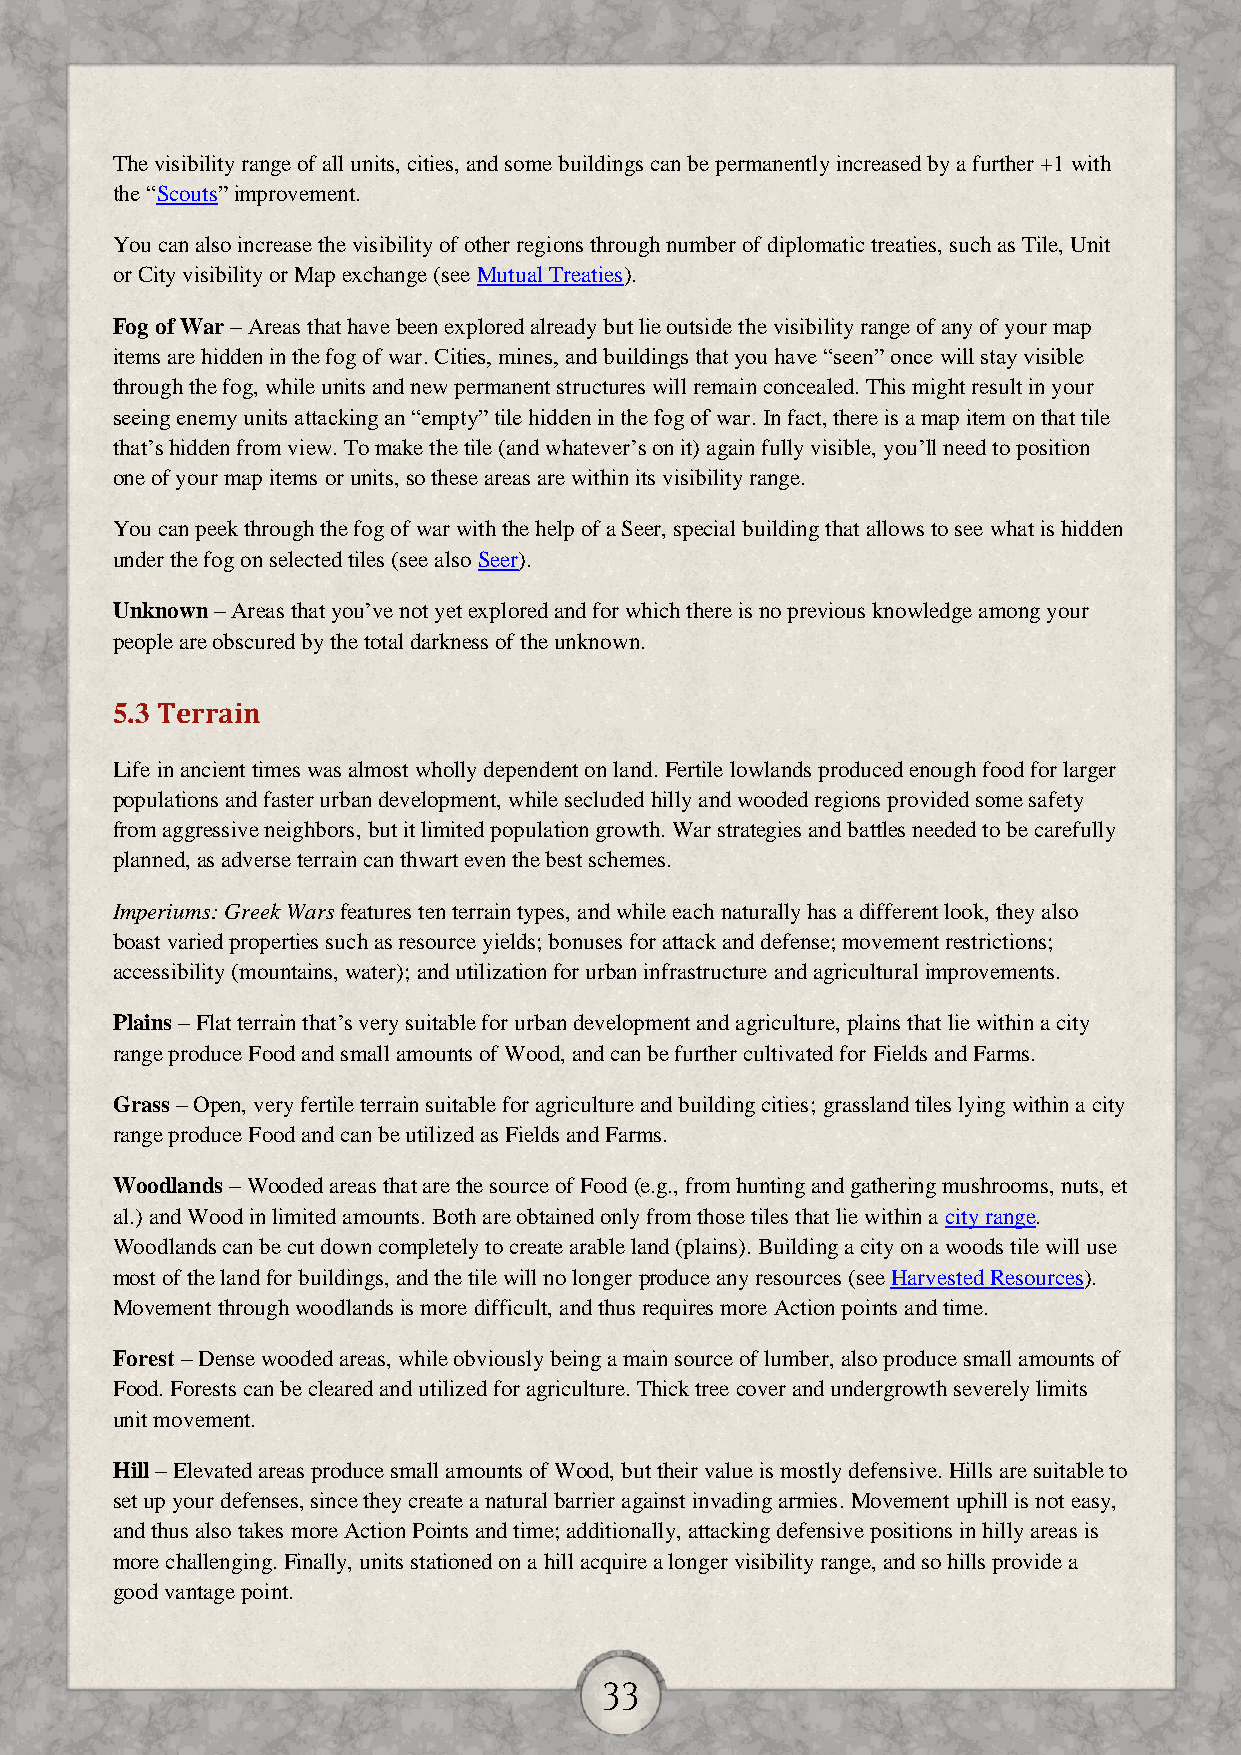
The visibility range of all units, cities, and some buildings can be permanently increased by a further +1 with
 the “Scouts” improvement.
 You can also increase the visibility of other regions through number of diplomatic treaties, such as Tile, Unit
 or City visibility or Map exchange (see Mutual Treaties).
 Fog of War – Areas that have been explored already but lie outside the visibility range of any of your map
 items are hidden in the fog of war. Cities, mines, and buildings that you have “seen” once will stay visible
 through the fog, while units and new permanent structures will remain concealed. This might result in your
 seeing enemy units attacking an “empty” tile hidden in the fog of war. In fact, there is a map item on that tile
 that’s hidden from view. To make the tile (and whatever’s on it) again fully visible, you’ll need to position
 one of your map items or units, so these areas are within its visibility range.
 You can peek through the fog of war with the help of a Seer, special building that allows to see what is hidden
 under the fog on selected tiles (see also Seer).
 Unknown – Areas that you’ve not yet explored and for which there is no previous knowledge among your
 people are obscured by the total darkness of the unknown.
 5.3 Terrain
 Life in ancient times was almost wholly dependent on land. Fertile lowlands produced enough food for larger
 populations and faster urban development, while secluded hilly and wooded regions provided some safety
 from aggressive neighbors, but it limited population growth. War strategies and battles needed to be carefully
 planned, as adverse terrain can thwart even the best schemes.
 Imperiums: Greek Wars features ten terrain types, and while each naturally has a different look, they also
 boast varied properties such as resource yields; bonuses for attack and defense; movement restrictions;
 accessibility (mountains, water); and utilization for urban infrastructure and agricultural improvements.
 Plains – Flat terrain that’s very suitable for urban development and agriculture, plains that lie within a city
 range produce Food and small amounts of Wood, and can be further cultivated for Fields and Farms.
 Grass – Open, very fertile terrain suitable for agriculture and building cities; grassland tiles lying within a city
 range produce Food and can be utilized as Fields and Farms.
 Woodlands – Wooded areas that are the source of Food (e.g., from hunting and gathering mushrooms, nuts, et
 al.) and Wood in limited amounts. Both are obtained only from those tiles that lie within a city range.
 Woodlands can be cut down completely to create arable land (plains). Building a city on a woods tile will use
 most of the land for buildings, and the tile will no longer produce any resources (see Harvested Resources).
 Movement through woodlands is more difficult, and thus requires more Action points and time.
 Forest – Dense wooded areas, while obviously being a main source of lumber, also produce small amounts of
 Food. Forests can be cleared and utilized for agriculture. Thick tree cover and undergrowth severely limits
 unit movement.
 Hill – Elevated areas produce small amounts of Wood, but their value is mostly defensive. Hills are suitable to
 set up your defenses, since they create a natural barrier against invading armies. Movement uphill is not easy,
 and thus also takes more Action Points and time; additionally, attacking defensive positions in hilly areas is
 more challenging. Finally, units stationed on a hill acquire a longer visibility range, and so hills provide a
 good vantage point.
 33